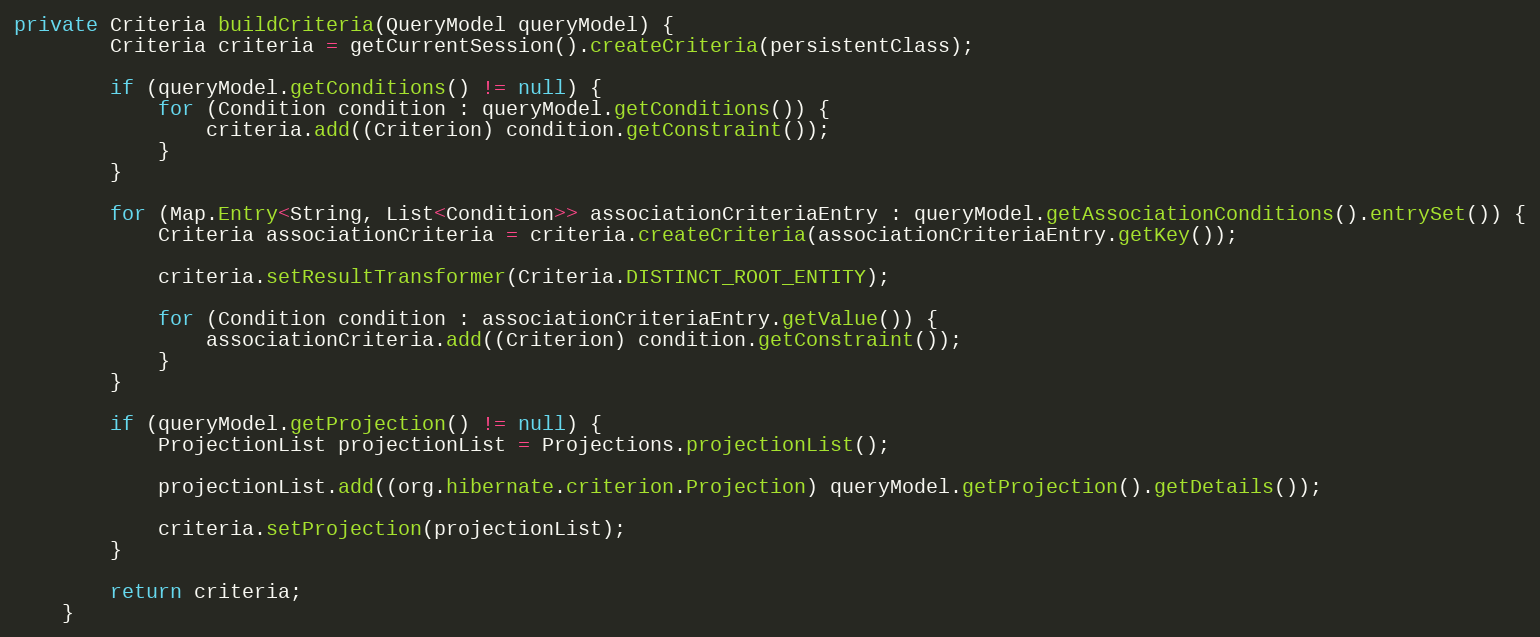
Language: Java
private Criteria buildCriteria(QueryModel queryModel) {
        Criteria criteria = getCurrentSession().createCriteria(persistentClass);

        if (queryModel.getConditions() != null) {
            for (Condition condition : queryModel.getConditions()) {
                criteria.add((Criterion) condition.getConstraint());
            }
        }

        for (Map.Entry<String, List<Condition>> associationCriteriaEntry : queryModel.getAssociationConditions().entrySet()) {
            Criteria associationCriteria = criteria.createCriteria(associationCriteriaEntry.getKey());

            criteria.setResultTransformer(Criteria.DISTINCT_ROOT_ENTITY);

            for (Condition condition : associationCriteriaEntry.getValue()) {
                associationCriteria.add((Criterion) condition.getConstraint());
            }
        }

        if (queryModel.getProjection() != null) {
            ProjectionList projectionList = Projections.projectionList();

            projectionList.add((org.hibernate.criterion.Projection) queryModel.getProjection().getDetails());

            criteria.setProjection(projectionList);
        }

        return criteria;
    }